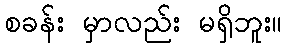
စခန်း မှာလည်း မရှိဘူး။